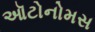
ઑટોનોમસ